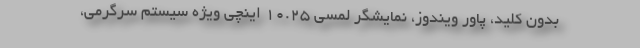
بدون کلید، پاور ویندوز، نمایشگر لمسی 10.25 اینچی ویژه سیستم سرگرمی،